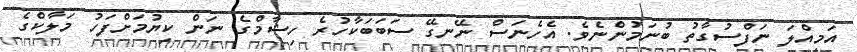
އަމިއްލަ ނަފްސުގާތު ބުނަމުންނެވެ. އެހެނަސް ނޭނގޭ ސަބަބަކާހުރެ ހިޝާމްގެ ނަން ކިޔުމަށްފަހު މަލާކްގެ